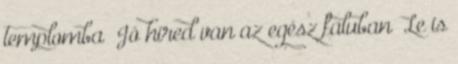
templomba Jó híred van az egész faluban Le is